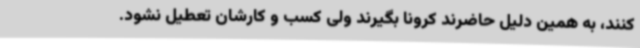
کنند، به همین دلیل حاضرند کرونا بگیرند ولی کسب و کارشان تعطیل نشود.